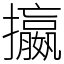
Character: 攍